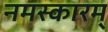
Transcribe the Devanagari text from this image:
नमस्कारम्